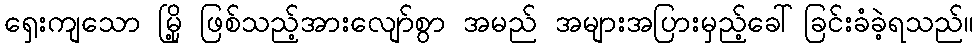
ရှေးကျသော မြို့ ဖြစ်သည့်အားလျော်စွာ အမည် အများအပြားမှည့်ခေါ်ခြင်းခံခဲ့ရသည်။